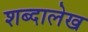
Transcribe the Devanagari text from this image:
शब्दालेख